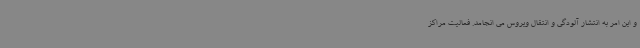
و این امر به انتشار آلودگی و انتقال ویروس می انجامد. فعالیت مراکز